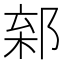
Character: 𨜎